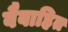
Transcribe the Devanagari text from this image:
वैवाहित